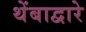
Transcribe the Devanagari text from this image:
थेंबाद्वारे